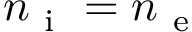
n _ { \mathrm { ~ i ~ } } = n _ { \mathrm { ~ e ~ } }